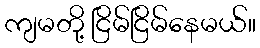
ကျမတို့ ငြိမ်ငြိမ်နေမယ်။